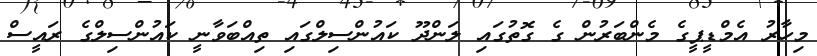
މިހާރު އެމްޑީޕީގެ މެންބަރުން ގެ ގޮތުގައި ލަންދޫ ކައުންސިލްގައި ތިއްބަވާނީ ކައުންސިލްގެ ރައީސް